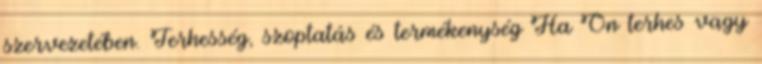
szervezetében. Terhesség, szoptatás és termékenység Ha Ön terhes vagy